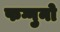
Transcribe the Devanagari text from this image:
फग्गुनो